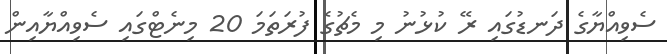
ސެވިއްޔާގެ ދަނޑުގައި ރޭ ކުޅުނު މި މެޗުގެ ފުރަތަމަ 20 މިނެޓްގައި ސެވިއްޔާއިން